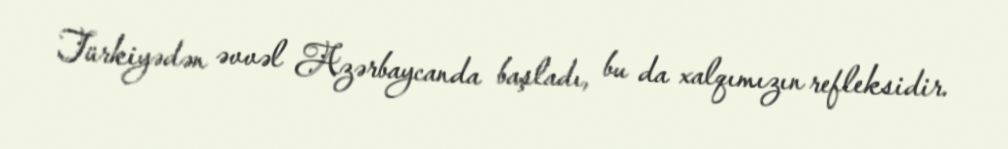
Türkiyədən əvvəl Azərbaycanda başladı, bu da xalqımızın refleksidir.